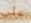
على